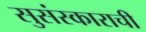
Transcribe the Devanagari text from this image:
सुसंस्काराची